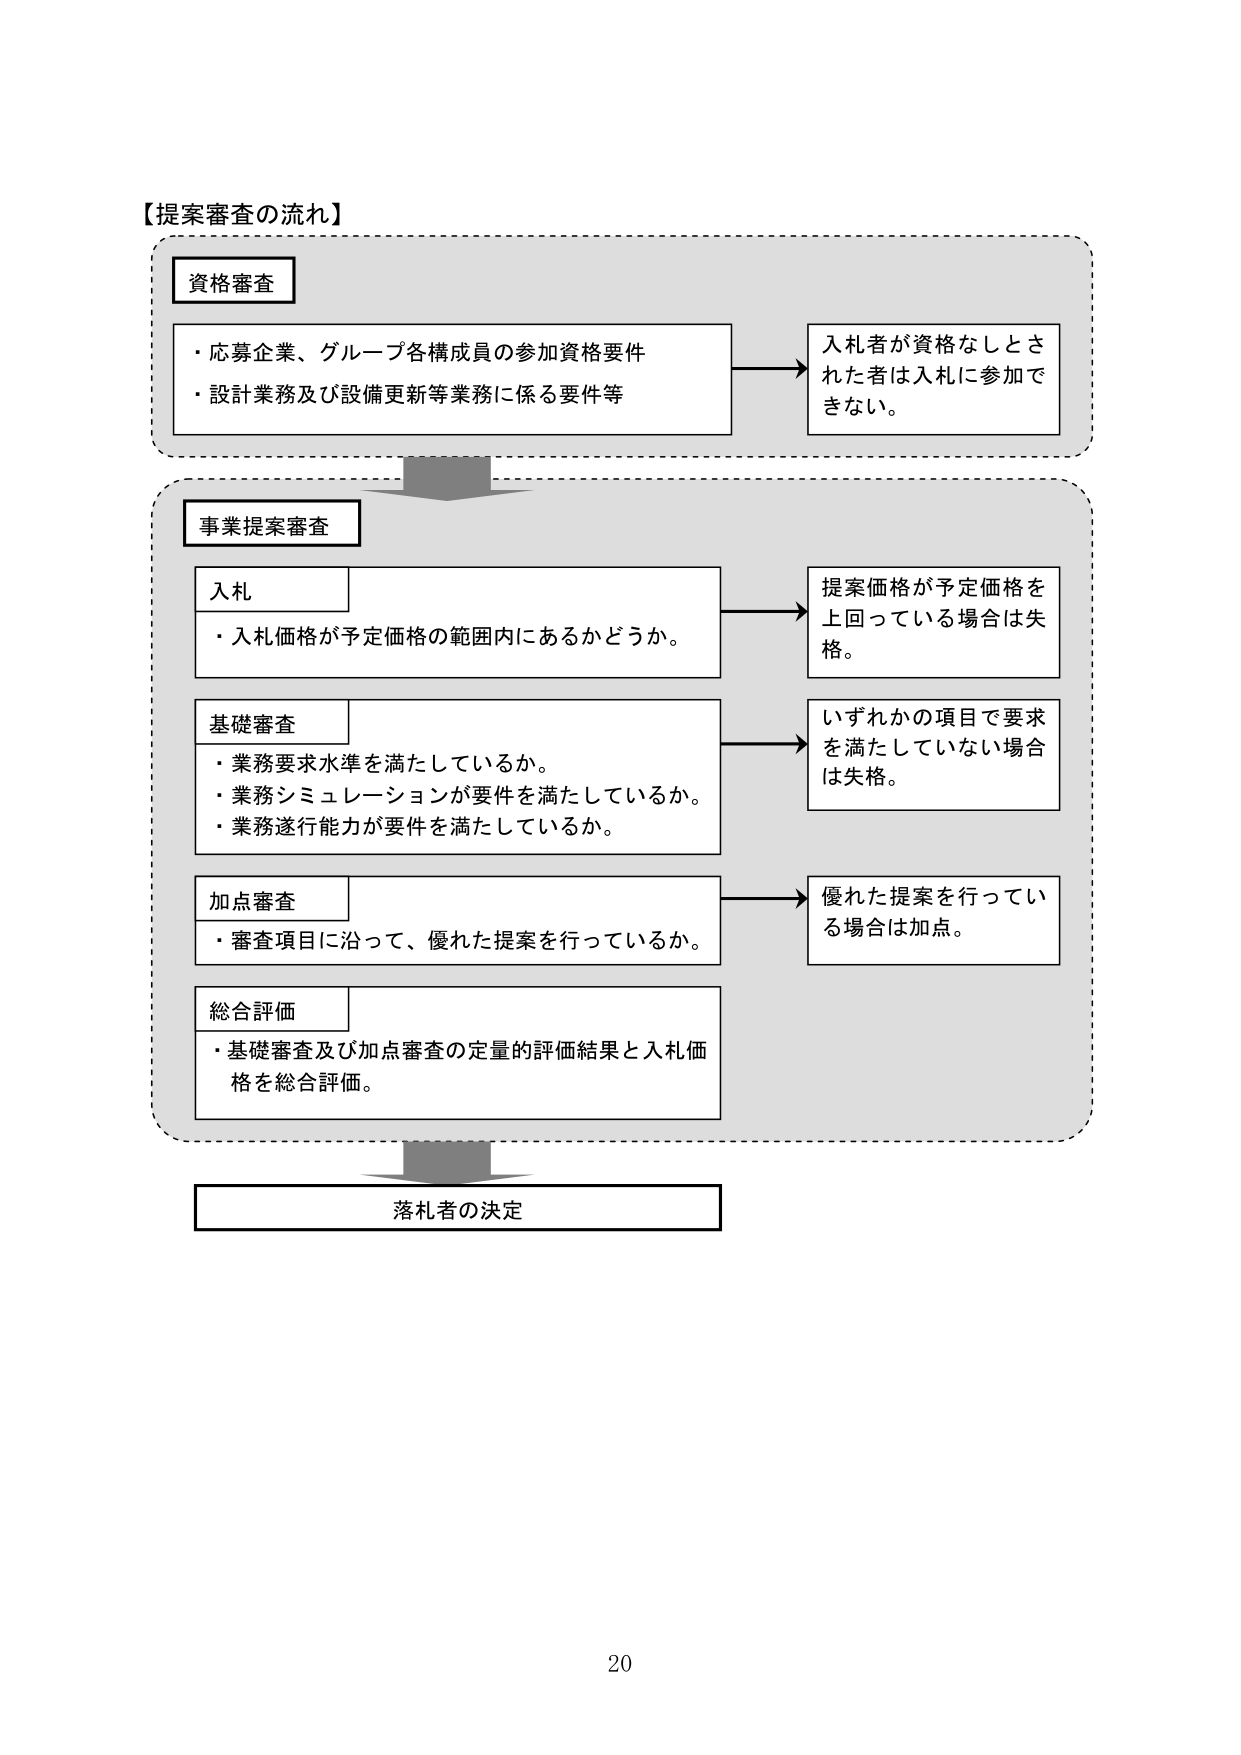
【提案審査の流れ】

資格審査
・応募企業、グループ各構成員の参加資格要件
・設計業務及び設備更新等業務に係る要件等
→ 入札者が資格なしとされた者は入札に参加できない。

事業提案審査

入札
・入札価格が予定価格の範囲内にあるかどうか。
→ 提案価格が予定価格を上回っている場合は失格。

基礎審査
・業務要求水準を満たしているか。
・業務シミュレーションが要件を満たしているか。
・業務遂行能力が要件を満たしているか。
→ いずれかの項目で要求を満たしていない場合は失格。

加点審査
・審査項目に沿って、優れた提案を行っているか。
→ 優れた提案を行っている場合は加点。

総合評価
・基礎審査及び加点審査の定量的評価結果と入札価格を総合評価。

落札者の決定

20